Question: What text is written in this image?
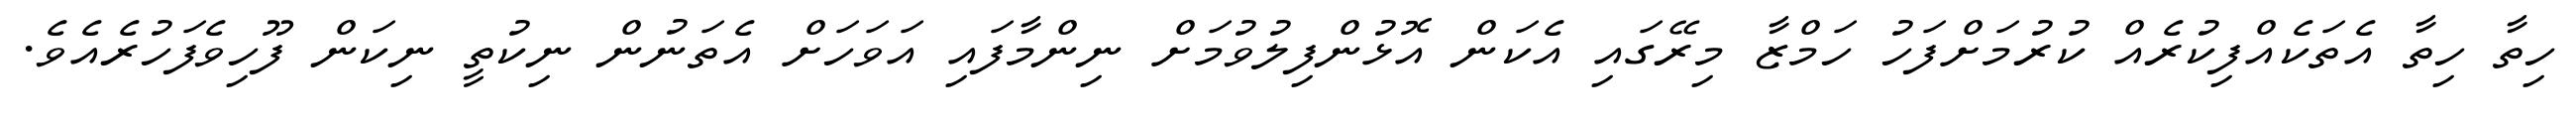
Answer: ހިތާ ހިތާ އެތަކެއްފިކުރެއް ކުރުމަށްފަހު ހަމްޒާ މިރޭގައި އެކަން އޮޅުންފިލުވުމަށް ނިންމާފައި އަވަހަށް އެތަނުން ނިކުތީ ނިކަން ފޫހިވެފަހުރެއެވެ.